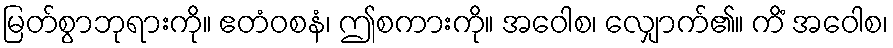
မြတ်စွာဘုရားကို။ ဧတံဝစနံ၊ ဤစကားကို။ အဝေါစ၊ လျှောက်၏။ ကိံ အဝေါစ၊